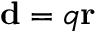
\mathbf { d } = q \mathbf { r }